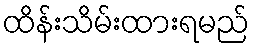
ထိန်းသိမ်းထားရမည်